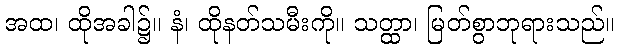
အထ၊ ထိုအခါ၌။ နံ၊ ထိုနတ်သမီးကို။ သတ္ထာ၊ မြတ်စွာဘုရားသည်။